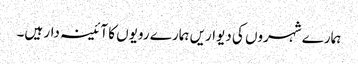
ہمارے شہروں کی دیواریں ہمارے رویوں کا آئینہ دار ہیں۔